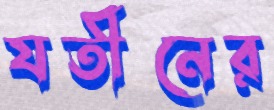
যতীনের